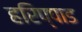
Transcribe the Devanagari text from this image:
हरिप्पाड